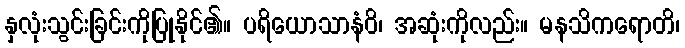
နှလုံးသွင်းခြင်းကိုပြုနိုင်၏။ ပရိယောသာနံဝိ၊ အဆုံးကိုလည်း။ မနသိကရောတိ၊